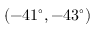
( - 4 1 ^ { \circ } , - 4 3 ^ { \circ } )